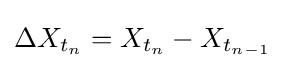
\Delta X_{t_{n}}=X_{t_{n}}-X_{t_{n-1}}